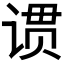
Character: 𬤆